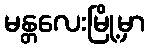
မန္တလေးမြို့မှာ